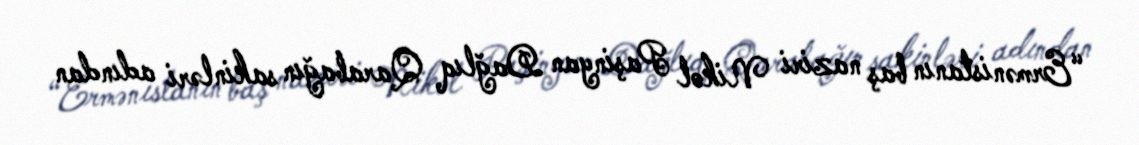
“Ermənistanın baş naziri Nikol Paşinyan Dağlıq Qarabağın sakinləri adından